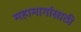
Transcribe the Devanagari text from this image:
महामार्गासाठी